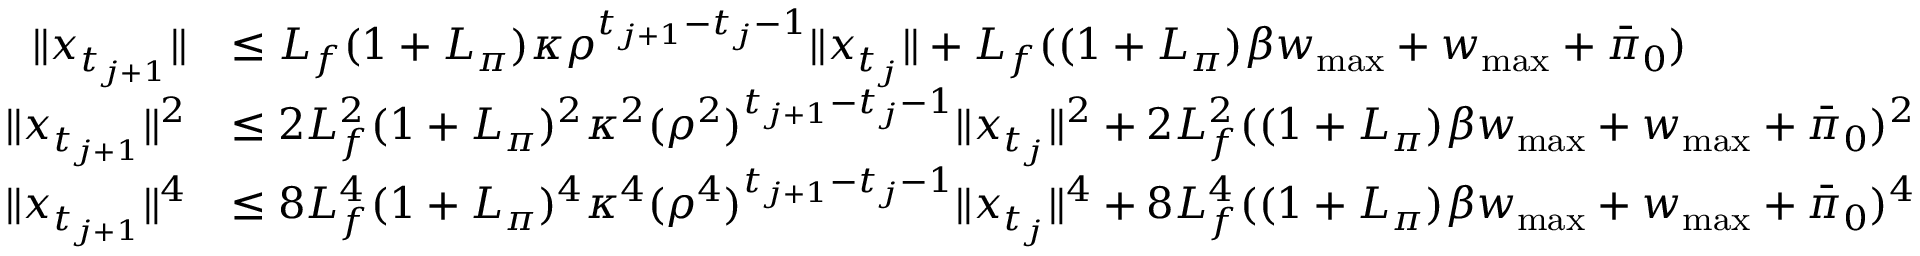
\begin{array} { r l } { \| x _ { t _ { j + 1 } } \| } & { \leq L _ { f } ( 1 + L _ { \pi } ) \kappa \rho ^ { t _ { j + 1 } - t _ { j } - 1 } \| x _ { t _ { j } } \| + L _ { f } ( ( 1 + L _ { \pi } ) \beta w _ { \operatorname* { m a x } } + w _ { \operatorname* { m a x } } + \bar { \pi } _ { 0 } ) } \\ { \| x _ { t _ { j + 1 } } \| ^ { 2 } } & { \leq 2 L _ { f } ^ { 2 } ( 1 + L _ { \pi } ) ^ { 2 } \kappa ^ { 2 } ( \rho ^ { 2 } ) ^ { t _ { j + 1 } - t _ { j } - 1 } \| x _ { t _ { j } } \| ^ { 2 } + 2 L _ { f } ^ { 2 } ( ( 1 + L _ { \pi } ) \beta w _ { \operatorname* { m a x } } + w _ { \operatorname* { m a x } } + \bar { \pi } _ { 0 } ) ^ { 2 } } \\ { \| x _ { t _ { j + 1 } } \| ^ { 4 } } & { \leq 8 L _ { f } ^ { 4 } ( 1 + L _ { \pi } ) ^ { 4 } \kappa ^ { 4 } ( \rho ^ { 4 } ) ^ { t _ { j + 1 } - t _ { j } - 1 } \| x _ { t _ { j } } \| ^ { 4 } + 8 L _ { f } ^ { 4 } ( ( 1 + L _ { \pi } ) \beta w _ { \operatorname* { m a x } } + w _ { \operatorname* { m a x } } + \bar { \pi } _ { 0 } ) ^ { 4 } } \end{array}